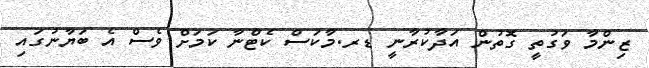
ޒިންމާ ވަގުތީ ގޮތުން އަދާކުރާނީ ޑރ.މާކަސް ކެޓްނާ ކަމަށް ވެސް އެ ބަޔާނުގައި